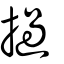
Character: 撾